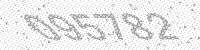
Solution: 095782